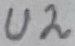
Text: U2